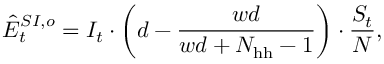
\hat { E } _ { t } ^ { S I , o } = I _ { t } \cdot \bigg ( d - \frac { w d } { w d + N _ { \mathrm { h h } } - 1 } \bigg ) \cdot \frac { S _ { t } } { N } ,